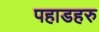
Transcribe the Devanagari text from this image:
पहाडहरु